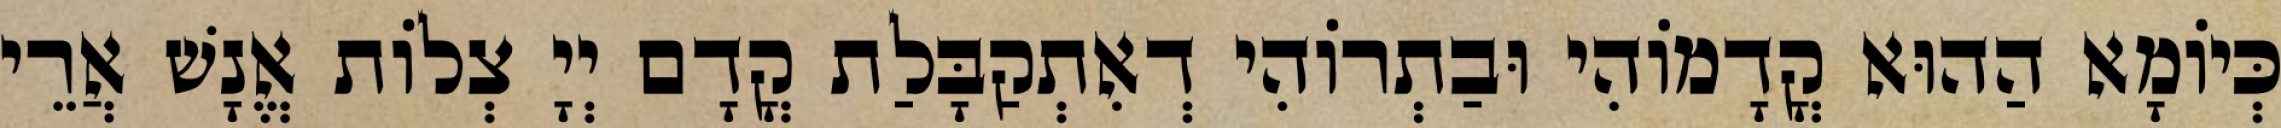
כְּיוֹמָא הַהוּא קֳדָמוֹהִי וּבַתְרוֹהִי דְאִתְקַבָּלַת קֳדָם יְיָ צְלוֹת אֱנָשׁ אֲרֵי